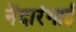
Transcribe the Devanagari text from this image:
नेंदारंगाई